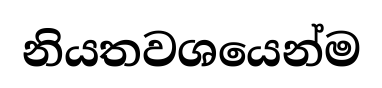
නියතවශයෙන්ම